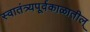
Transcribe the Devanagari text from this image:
स्वातंत्र्यपूर्वकाळातील्